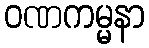
ဝဏကမ္မနာ